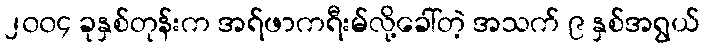
၂၀၀၄ ခုနှစ်တုန်းက အရ်ဖာကရီးမ်လို့ခေါ်တဲ့ အသက် ၉ နှစ်အရွယ်